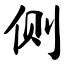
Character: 侧